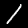
Digit: 1